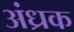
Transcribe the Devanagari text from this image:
अंध्रक